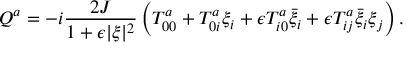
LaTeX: Q ^ { a } = - i \frac { 2 J } { 1 + \epsilon \vert \xi \vert ^ { 2 } } \left( T _ { 0 0 } ^ { a } + T _ { 0 i } ^ { a } \xi _ { i } + \epsilon T _ { i 0 } ^ { a } \bar { \xi } _ { i } + \epsilon T _ { i j } ^ { a } \bar { \xi } _ { i } \xi _ { j } \right) .